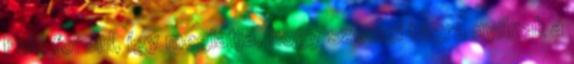
Felé fordul, így meglátja, hogy szemei tágra nyílnak a